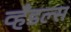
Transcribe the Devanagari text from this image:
व्हँडल्स